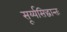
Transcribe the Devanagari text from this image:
सूर्य्यसिद्धान्तः